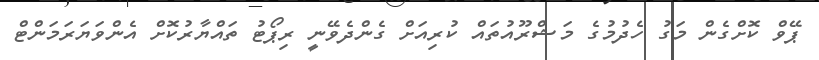
ޕޭވް ކޮށްގެން މަގު ހެދުމުގެ މަޝްރޫއުތައް ކުރިއަށް ގެންދެވޭނީ ރިޕޯޓު ތަައްޔާރުކޮށް އެންވަޔަރަމަންޓް